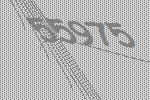
55975